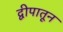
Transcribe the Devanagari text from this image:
द्वीपातून